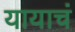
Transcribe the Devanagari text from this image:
यायाचं